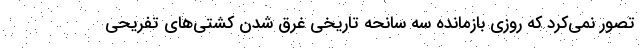
تصور نمی‌کرد که روزی بازمانده سه سانحه تاریخی غرق شدن کشتی‌های تفریحی